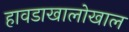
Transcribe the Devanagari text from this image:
हावडाखालोखाल